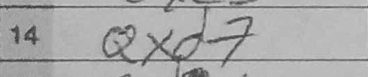
Transcription: Qxd7